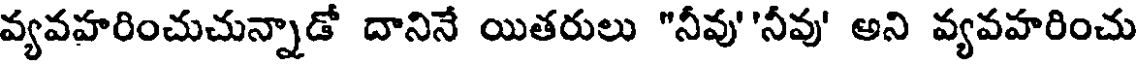
వ్యవహరించుచున్నాడో దానినే యితరులు "నీవు''నీవు' అని వ్యవహరించు